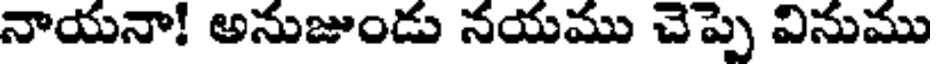
నాయనా! అనుజుండు నయము చెప్పె వినుము